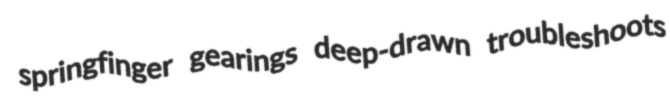
springfinger gearings deep-drawn troubleshoots